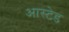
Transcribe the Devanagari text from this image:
आस्टेड